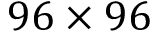
9 6 \times 9 6